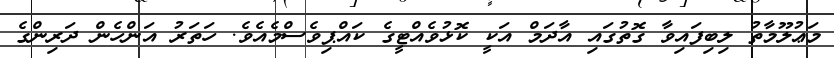
މަޢުލޫމާތު ލިބިފައިވާ ގޮތުގައި އާދަމް އަކީ ކޮޅުވެއްޓީގެ ކައްޕިވެސްމެއެވެ. ހަތަރު އަންހެން ދަރިންގެ